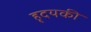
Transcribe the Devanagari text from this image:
हृदयकी